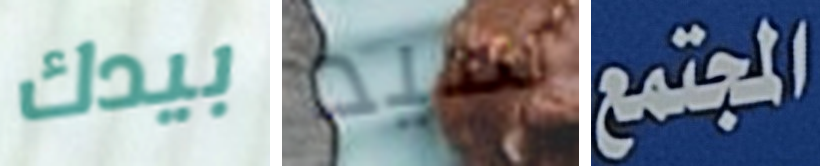
بيدك سيد المجتمع